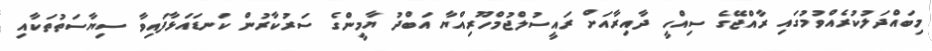
މިބައްދަލުކުރެއްވުމުގައި ރާއްޖޭގެ ސިއްހީ ދާއިރާއަށް ރައީސުލްޖުމްހޫރިއްޔާ އަބްދު ޔާމީންގެ ސަރުކާރުން ކަނޑައަޅާފައިވާ ސިޔާސަތުތަކާއި